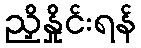
ညှိနှိုင်းရန်